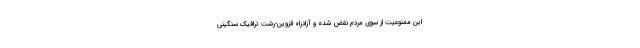
این ممنوعیت از سوی مردم نقض شده و آزادراه قزوین-رشت ترافیک سنگینی